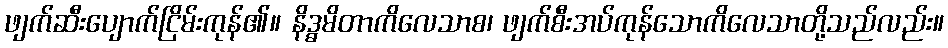
ဖျက်ဆီးပျောက်ငြိမ်းကုန်၏။ နိဒ္ဓမိတာကိလေသာစ၊ ဖျက်စီးအပ်ကုန်သောကိလေသာတို့သည်လည်း။